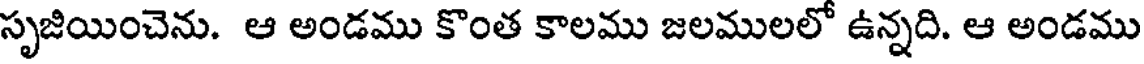
సృజియించెను. ఆ అండము కొంత కాలము జలములలో ఉన్నది. ఆ అండము